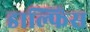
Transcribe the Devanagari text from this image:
डाल्फिंस